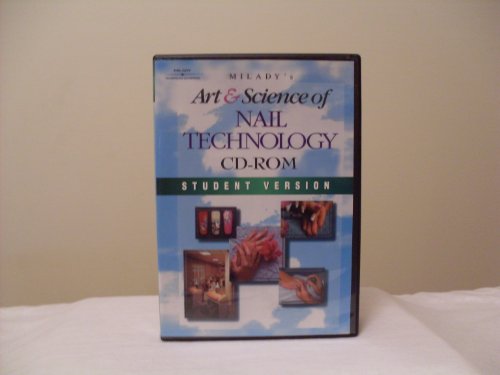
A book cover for Art & Science Nail Technology CD-ROM; Milady; Health, Fitness & Dieting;